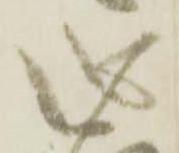
心